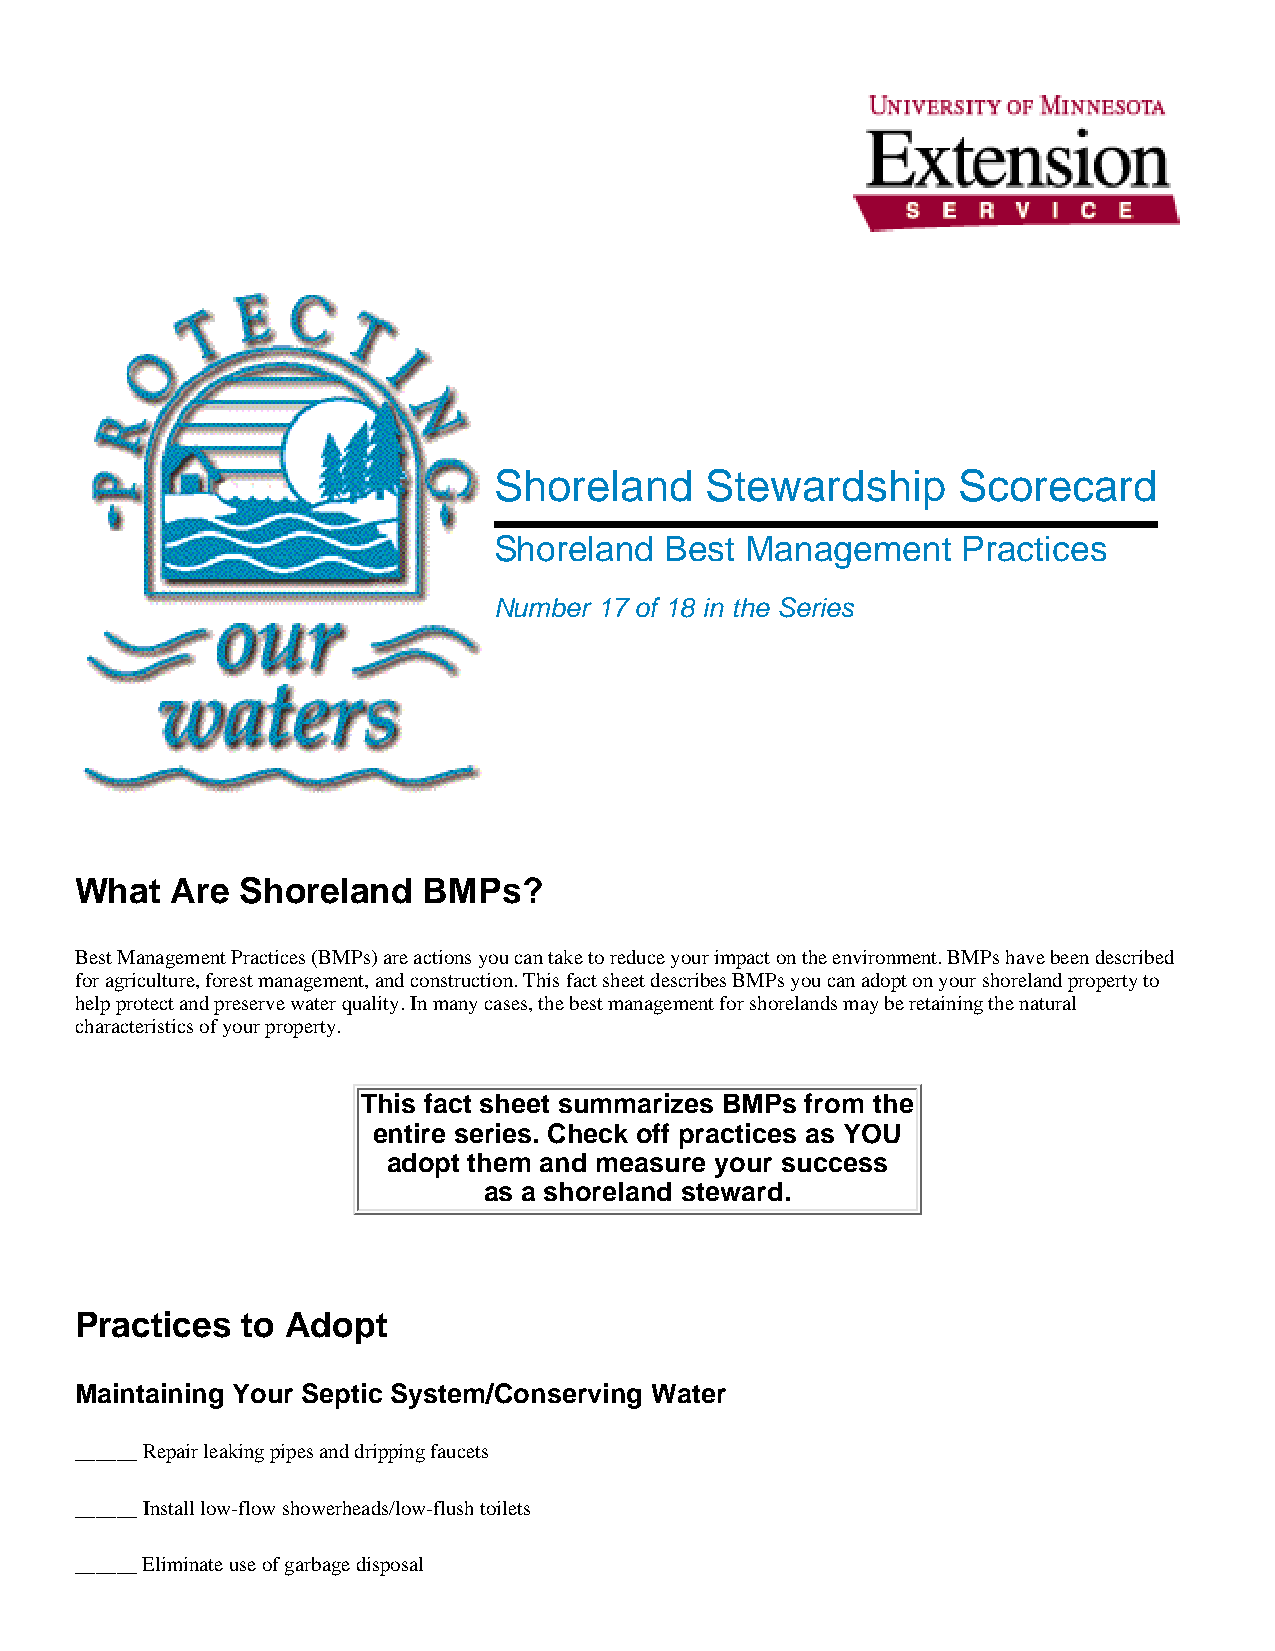
Shoreland     Stewardship     Scorecard
 Shoreland  Best Management     Practices
 Number 17 of 18 in the Series
 What  Are  Shoreland   BMPs?
 Best Management Practices (BMPs) are actions you can take to reduce your impact on the environment. BMPs have been described
 for agriculture, forest management, and construction. This fact sheet describes BMPs you can adopt on your shoreland property to
 help protect and preserve water quality. In many cases, the best management for shorelands may be retaining the natural
 characteristics of your property.
 This fact sheet summarizes BMPs from the
 entire series. Check off practices as YOU
 adopt them and measure your success
 as a shoreland steward.
 Practices  to Adopt
 Maintaining Your Septic System/Conserving Water
 ______ Repair leaking pipes and dripping faucets
 ______ Install low-flow showerheads/low-flush toilets
 ______ Eliminate use of garbage disposal